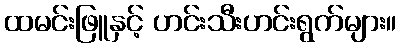
ထမင်းဖြူနှင့် ဟင်းသီးဟင်းရွက်များ။